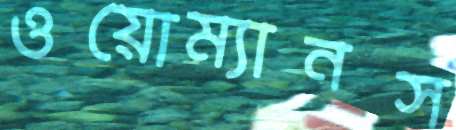
ওয়োম্যানস